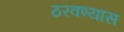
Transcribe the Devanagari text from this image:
ठरवण्यास